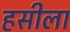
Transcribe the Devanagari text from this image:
हसीला